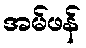
အမ်ဖန်